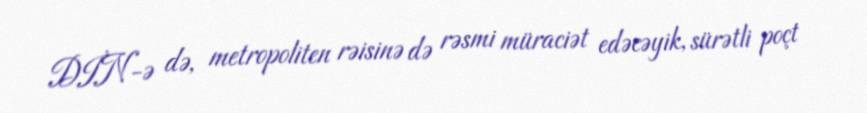
DİN-ə də, metropoliten rəisinə də rəsmi müraciət edəcəyik, sürətli poçt